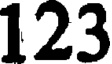
123